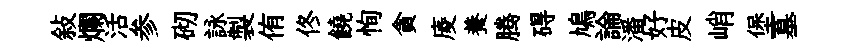
敍爛活参砌詠製侑佟饒恂貪庱養腾碍鳩論潘好皮峭堡墓